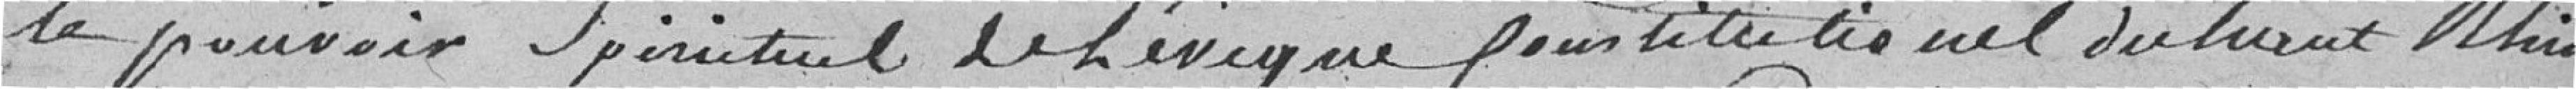
le pouvoir spirituel de l'évêque constitutionnel du Haut-Rhin